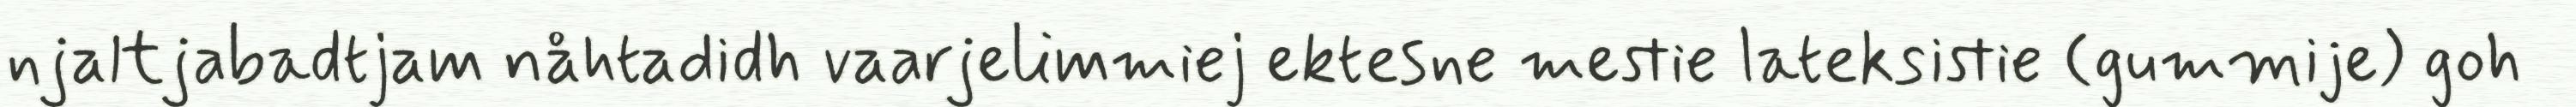
njaltjabadtjam nåhtadidh vaarjelimmiej ektesne mestie lateksistie (gummije) goh